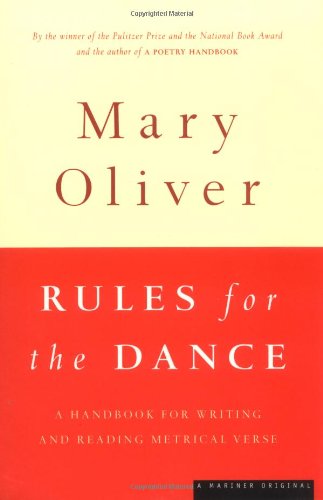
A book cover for Rules for the Dance: A Handbook for Writing and Reading Metrical Verse; Mary Oliver; Literature & Fiction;